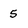
Character: 5